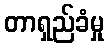
တာရှည်ခံမှု